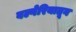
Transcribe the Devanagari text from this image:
बल्गेरियातून